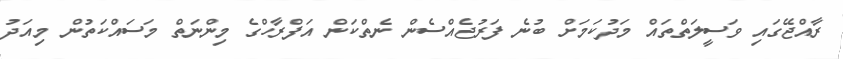
ރާއްޖޭގައި ވަސީލަތްތައް މަދުކަމަށް ބުނެ ފަރުޖެއްސެން ނެތްކަން އަފްރާހްގެ މިންނަތް މަސައްކަތުން މިއަދު